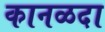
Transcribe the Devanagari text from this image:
कानळदा